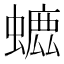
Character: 𧐳